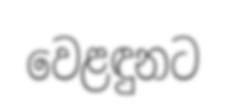
වෙළඳුනට